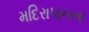
મદિરાપાનના